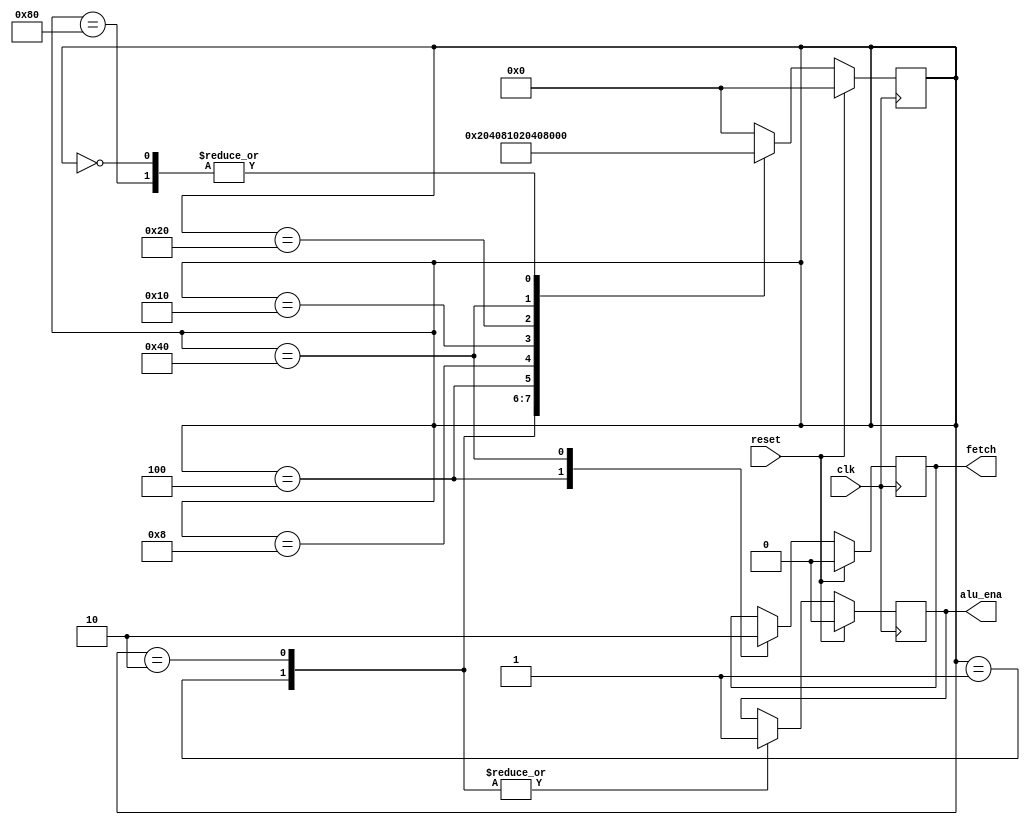
`timescale 1ns/1ns 
module clk_gen(clk,reset,fetch,alu_ena);
input clk,reset;
output fetch,alu_ena;

wire clk,reset;

reg fetch,alu_ena;
reg [7:0] state;

parameter S1 = 8'b0000_0001,
				S2 = 8'b0000_0010,
				S3 = 8'b0000_0100,
				S4 = 8'b0000_1000,
				S5 = 8'b0001_0000,
				S6 = 8'b0010_0000,
				S7 = 8'b0100_0000,
				S8 = 8'b1000_0000,
				IDLE = 8'b0000_0000;

always @(posedge clk)
begin 
	if(reset)
	begin 
		fetch <= 0;
		alu_ena <= 0;
		state <=  IDLE;
	end
	else 
	begin 
		case (state)
			S1: 
			begin 
				alu_ena <= 1;
				state <=  S2;
			end
			S2:
			begin 
				alu_ena <= 1;
				state <= S3;
			end
			S3:
			begin 
				fetch <= 1;
				state <= S4;
			end
			S4:
			begin 
				state <= S5;
			end
			S5: state <= S6;
			S6: state <= S7;
			S7:
			begin 
				fetch <= 0;
				state <= S8;
			end
			S8:state <= S1;
			IDLE: state <= S1;
			default: state <= IDLE;
		endcase 
	end

end


endmodule